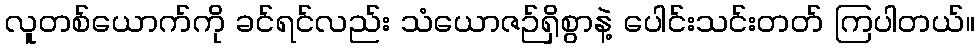
လူတစ်ယောက်ကို ခင်ရင်လည်း သံယောဇဉ်ရှိစွာနဲ့ ပေါင်းသင်းတတ် ကြပါတယ်။